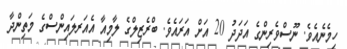
ހިމެނެއެވެ. ނޫސްވެރިންގެ އަދަދު 20 އަށް އަރައެވެ. ބްރެޒިލްގެ ލާމިއާ އެއަރލައިންސްގެ މަތިންދާ